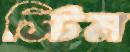
স্টিম